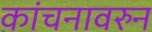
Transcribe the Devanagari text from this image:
कांचनावरुन